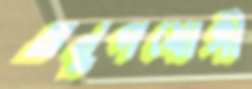
অনুপযোগী